Scientific memoirs by medical officers of the Army of India - Part XI,
Year: 1898
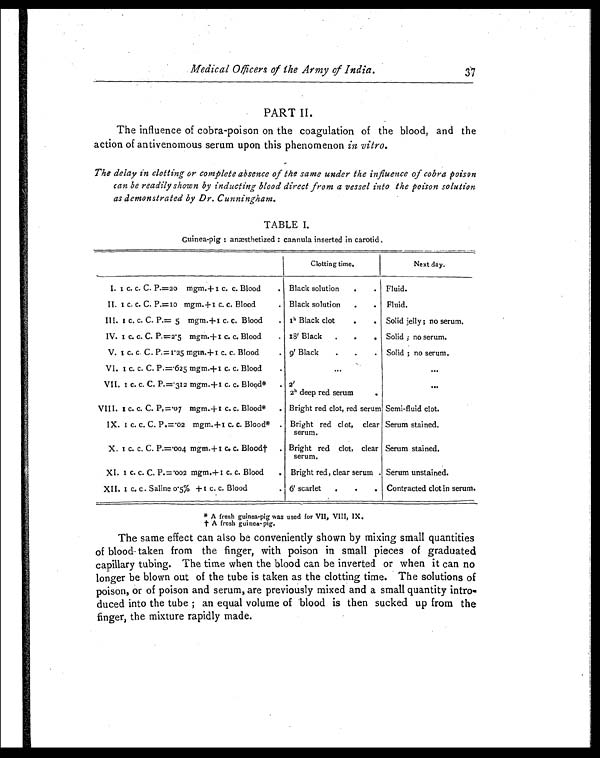
Medical Officers of the Army of India.
37
PART II.
The influence of cobra-poison on the coagulation of the blood, and the
action of antivenomous serum upon this phenomenon in vitro.
The delay in clotting or complete absence of the same under the influence of cobra poison
can be readily shown by inducting blood direct from a vessel into the poison solution
as demonstrated by Dr. Cunningham.
TABLE I.
Guinea-pig : anæsthetized : cannula inserted in carotid.
Clotting time.
Next day.
I. 1 C. C. C. P.=20 m g m . + 1 c . c . B l o o d
. Black solution
.
. Fluid.
II. 1 c. c. C. P.=10 mgm. +1 c. c. Blood
. Black solution
.
. Fluid.
III. 1 c. c. C. P.= 5 m g m . + 1 c . c . B l o o d
. 1 h Black clot
.
. Solid jelly; no serum.
IV. 1 c. c. C. P.=2.5 m g m . + 1 c . c . B l o o d
. 18' Black
.
.
. Solid ; no serum.
V.
1c . c . C . P . = 1 . 2 5 m g m . + 1 c . c . B l o o d
. 9' Black
.
.
. Solid ; no serum.
VI.
1C . C . C .P
. = . 6 2 5 m g m . + 1
C . C .B
l o o d
.
...
. . .
VII.
1c . c . C .P
. = . 3 1 2 m g m . + 1
C . C .B
l o o d *
. 2'
2h deep red serum
.
...
VIII. 1 c. c. C. P.=.07 mgm. + 1 c. c. Blood*
. Bright red clot, red serum Semi-fluid clot.
IX. 1 c. c. C. P.=.02 mgm. +1 c. c. Blood* . Bright red clot, clear
serum.
Serum stained.
X. 1 c. c. C. P.= . 004 mgm.+1 c. c. Blood† . Bright red clot, clear
serum.
Serum stained.
XI. I c. c. C. P.=.002 mgm. +1 c. c. Blood
. Bright red, clear serum
Serum unstained.
XI I. 1 c. c . Saline 0.5 % +1 c. c. Blood
.
6' scarlet
.
.
. Contracted clot in serum.
* A fresh guinea-pig was used for VII, VIII, IX.
† A f r e s h g u i n e a - p i g .
The same effect can also be conveniently shown by mixing small quantities
of blood taken from the finger, with poison in small pieces of graduated
capillary tubing. The time when the blood can be inverted or when it can no
longer be blown out of the tube is taken as the clotting time. The solutions of
poison, or of poison and serum, are previously mixed and a small quantity intro-
duced into the tube ; an equal volume of 'blood is then sucked up from the
finger, the mixture rapidly made.